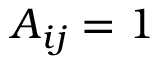
A _ { i j } = 1